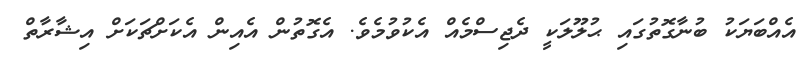
އެއްބަޔަކު ބުނާގޮތުގައި ޙުލޫލަކީ ދެޖިސްމެއް އެކުވުމެވެ. އެގޮތުން އެއިން އެކަށްޗަކަށް އިޝާރާތް